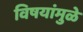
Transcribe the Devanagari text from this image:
विषयांमुळे